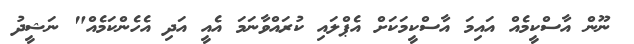
ނޫން އާސްކީމެއް އައިމަ އާސްކީމަކަށް އެޕްލައި ކުރައްވާނަމަ އެއީ އަދި އެހެންކަމެއް" ނަޝީދު